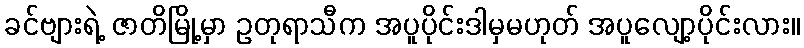
ခင်ဗျားရဲ့ ဇာတိမြို့မှာ ဥတုရာသီက အပူပိုင်းဒါမှမဟုတ် အပူလျော့ပိုင်းလား။